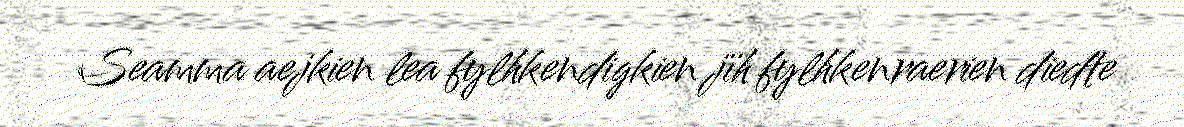
Seamma aejkien lea fylhkendigkien jïh fylhkenraerien diedte